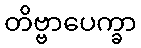
တိဗ္ဗာပေက္ခာ